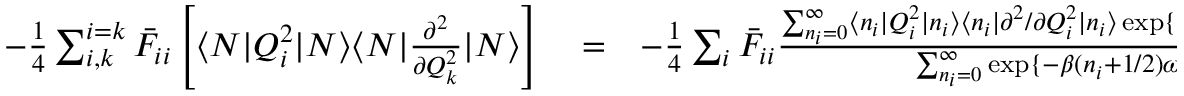
\begin{array} { r l r } { - \frac { 1 } { 4 } \sum _ { i , k } ^ { i = k } \bar { F } _ { i i } \left[ \langle N | Q _ { i } ^ { 2 } | N \rangle \langle N | \frac { \partial ^ { 2 } } { \partial Q _ { k } ^ { 2 } } | N \rangle \right] } & { { } = } & { - \frac { 1 } { 4 } \sum _ { i } ^ { } \bar { F } _ { i i } \frac { \sum _ { n _ { i } = 0 } ^ { \infty } \langle n _ { i } | Q _ { i } ^ { 2 } | n _ { i } \rangle \langle n _ { i } | { \partial ^ { 2 } } / { \partial Q _ { i } ^ { 2 } } | n _ { i } \rangle \exp \{ - \beta ( n _ { i } + 1 / 2 ) \omega _ { i } \} } { \sum _ { n _ { i } = 0 } ^ { \infty } \exp \{ - \beta ( n _ { i } + 1 / 2 ) \omega _ { i } \} } } \end{array}